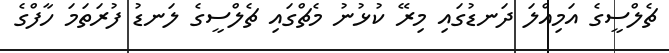
ޗެލްސީގެ އަމިއްލަ ދަނޑުގައި މިރޭ ކުޅުނު މެޗްގައި ޗެލްސީގެ ލަނޑު ފުރަތަމަ ހާފްގެ